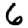
Digit: 6